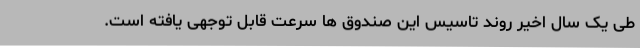
طی یک سال اخیر روند تاسیس این صندوق ها سرعت قابل توجهی یافته است.